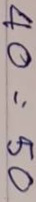
40 = 50